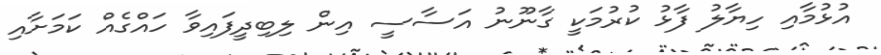
އުޅުމާއި ހިޔާލު ފާޅު ކުރުމަކީ ގާނޫނު އަސާސީ އިން ލިބިދީފައިވާ ހައްގެއް ކަމަށާއި